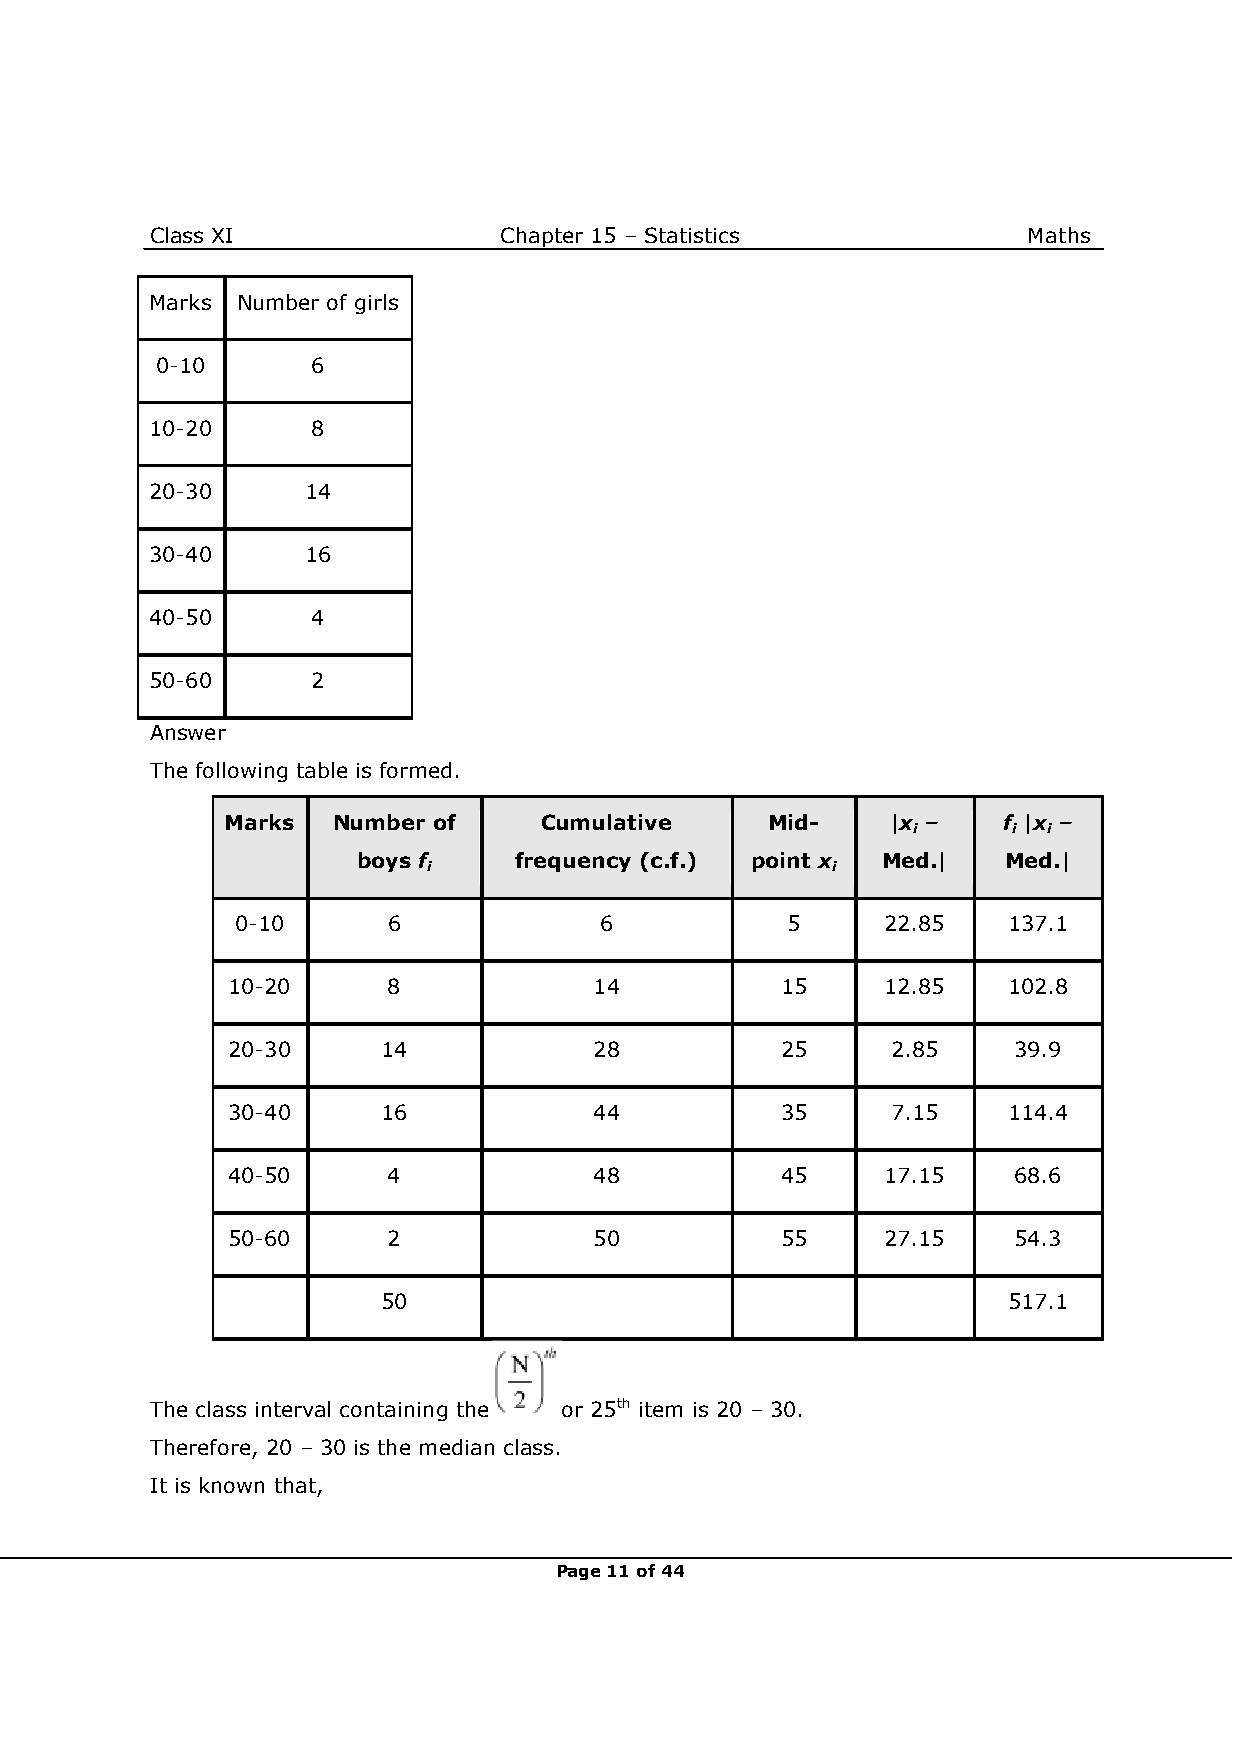
Class XI               Chapter 15 – Statistics            Maths
 Marks Number of girls
 0-10       6
 10-20      8
 20-30     14
 30-40     16
 40-50      4
 50-60      2
 Answer
 The following table is formed.
 Marks  Number of     Cumulative     Mid-    |x –   f |x –
 i      i i
 boys f    frequency (c.f.) point x Med.|   Med.|
 i                          i
 0-10      6             6           5      22.85   137.1
 10-20      8            14           15     12.85   102.8
 20-30     14            28           25     2.85    39.9
 30-40     16            44           35     7.15    114.4
 40-50      4            48           45     17.15   68.6
 50-60      2            50           55     27.15   54.3
 50                                        517.1
 The class interval containing the or 25th item is 20 – 30.
 Therefore, 20 – 30 is the median class.
 It is known that,
 Page 11 of 44